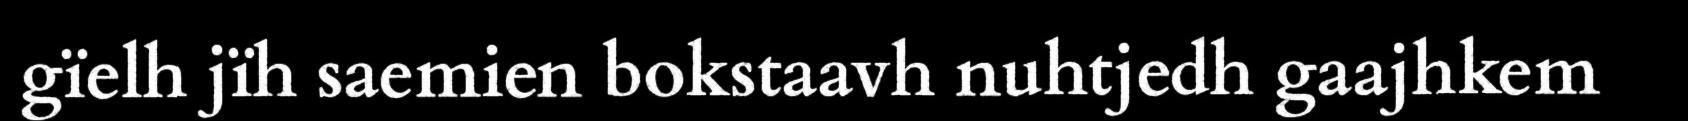
gïelh jïh saemien bokstaavh nuhtjedh gaajhkem